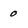
Character: 0